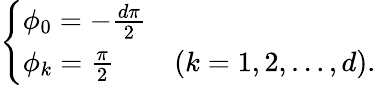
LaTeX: \left\{ \begin{array}{ll}{\phi_{0}=-\frac{d\pi}{2}}\\ {\phi_{k}=\frac{\pi}{2}}&{(k=1,2,\ldots,d).}\end{array}\right.